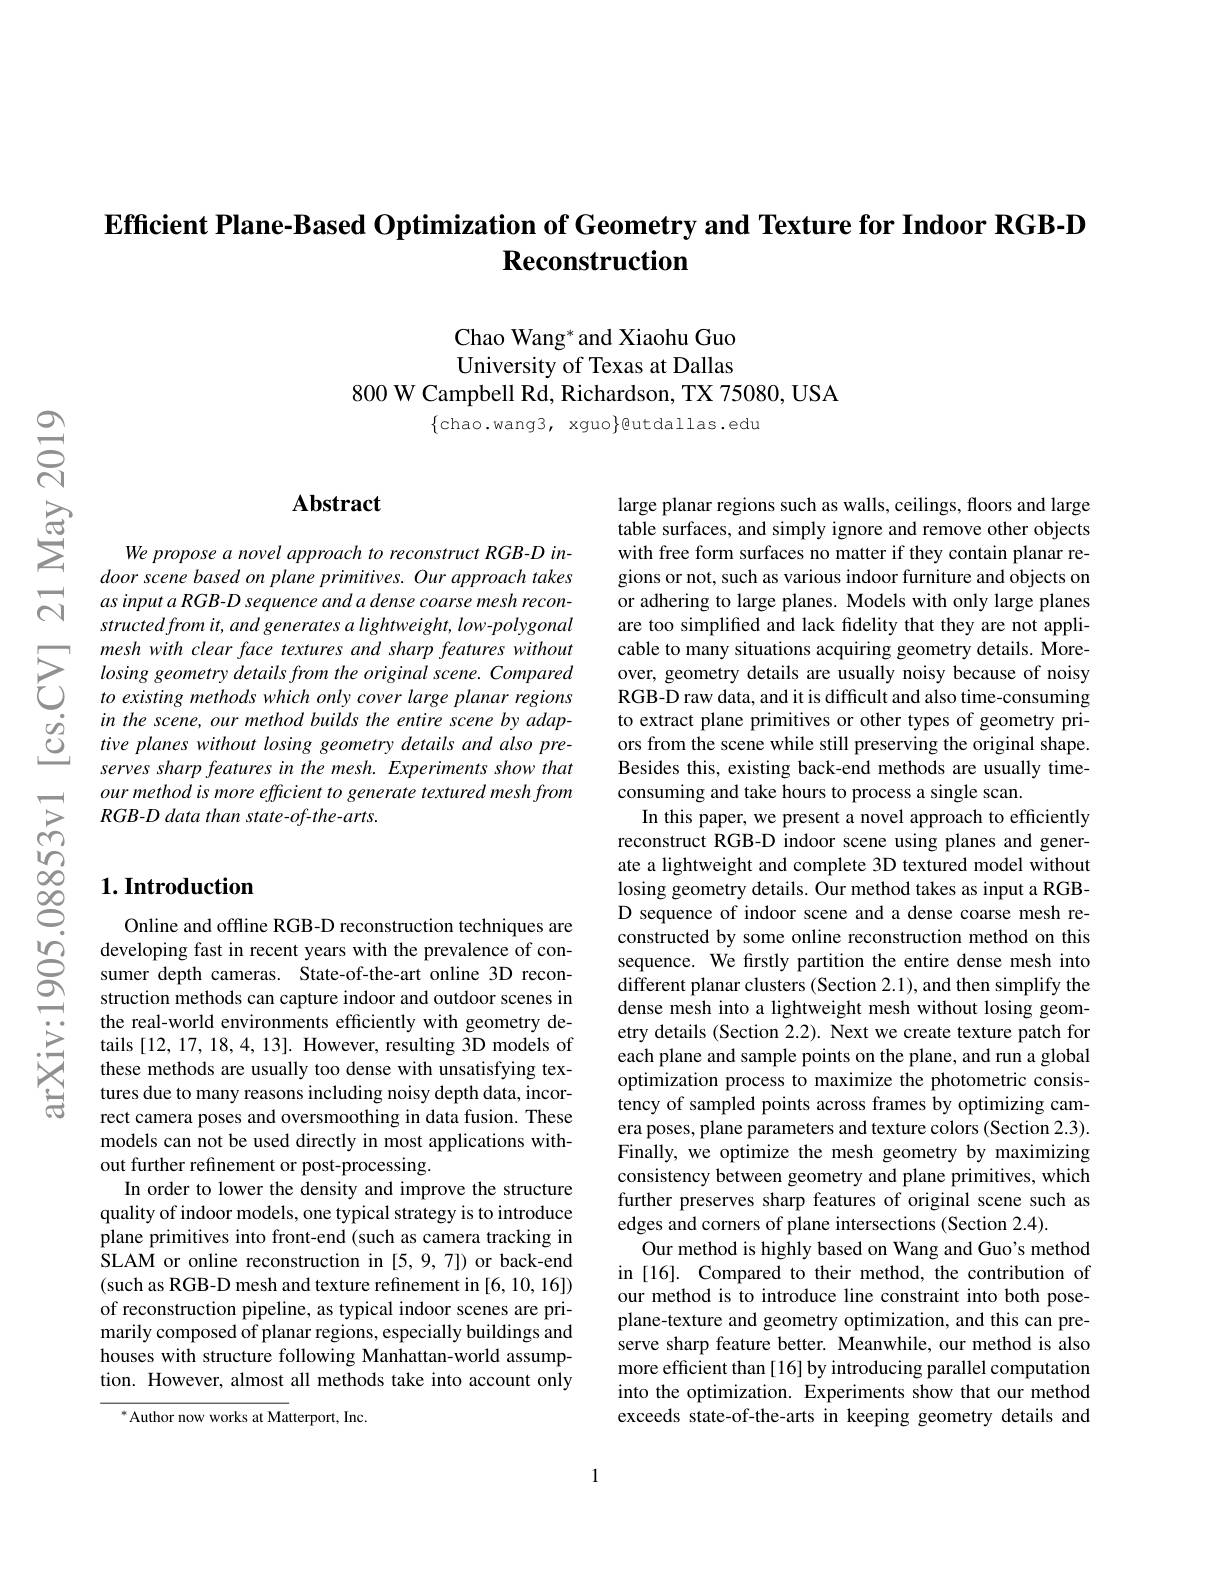
## Efficient Plane-Based Optimization of Geometry and Texture for Indoor RGB-D Reconstruction

Chao Wang* and Xiaohu Guo University of Texas at Dallas
800 W Campbell Rd, Richardson, TX 75080, USA

$\{$chao.wang3, xguo$\}$@utdallas.edu

## Abstract

We propose a novel approach to reconstruct RGB-D indoor scene based on plane primitives. Our approach takes as input a RGB- D sequence and a dense coarse mesh reconstructedfrom it, and generates a lightweight, low- polygonal mesh with clear face textures and sharp features without losing geometry details from the original scene. Compared to existing methods which only cover large planar regions in the scene, our method builds the entire scene by adaptive planes without losing geometry details and also preserves sharp features in the mesh. Experiments show that our method is more efficient to generate textured mesh from RGB-D data than state-of-the-arts.

## $1. \textbf{Introduction}$

Online and offline RGB-D reconstruction techniques are
$\begin{array}{lll}&\text{developing fast in recent years with the prevalence of con-}\\S&\text{sumer depth cameras. State-of-the-art online 3D recon-}\\&\text{struction methods can capture indoor and outdoor scenes in}\end{array}$
the real-world environments efficiently with geometry details [12,17,18,4,13]. However, resulting 3D models of these methods are usually too dense with unsatisfying textures due to many reasons including noisy depth data, incorrect camera poses and oversmoothing in data fusion. These models can not be used directly in most applications without further refinement or post-processing.
In order to lower the density and improve the structure quality of indoor models, one typical strategy is to introduce plane primitives into front-end (such as camera tracking in SLAM or online reconstruction in [5,9,7]) or back-end (such as RGB-D mesh and texture refinement in [6, 10, 16]) of reconstruction pipeline, as typical indoor scenes are primarily composed of planar regions, especially buildings and houses with structure following Manhattan-world assumption. However, almost all methods take into account only

$^*$Author now works at Matterport, Inc.

large planar regions such as walls, ceilings, floors and large table surfaces, and simply ignore and remove other objects with free form surfaces no matter if they contain planar regions or not, such as various indoor furniture and objects on or adhering to large planes. Models with only large planes are too simplified and lack fidelity that they are not applicable to many situations acquiring geometry details. Moreover, geometry details are usually noisy because of noisy RGB-D raw data, and it is difficult and also time-consuming to extract plane primitives or other types of geometry priors from the scene while still preserving the original shape. Besides this, existing back-end methods are usually timeconsuming and take hours to process a single scan.
In this paper, we present a novel approach to efficiently reconstruct RGB-D indoor scene using planes and generate a lightweight and complete 3D textured model without losing geometry details. Our method takes as input a RGBD sequence of indoor scene and a dense coarse mesh reconstructed by some online reconstruction method on this sequence. We firstly partition the entire dense mesh into different planar clusters (Section 2.1), and then simplify the dense mesh into a lightweight mesh without losing geometry details (Section 2.2). Next we create texture patch for each plane and sample points on the plane, and run a global optimization process to maximize the photometric consistency of sampled points across frames by optimizing camera poses, plane parameters and texture colors (Section 2.3). Finally, we optimize the mesh geometry by maximizing consistency between geometry and plane primitives, which further preserves sharp features of original scene such as edges and corners of plane intersections (Section 2.4).
Our method is highly based on Wang and Guo's method in [16]. Compared to their method, the contribution of our method is to introduce line constraint into both poseplane-texture and geometry optimization, and this can preserve sharp feature better. Meanwhile, our method is also more efficient than [16] by introducing parallel computation into the optimization. Experiments show that our method exceeds state-of-the-arts in keeping geometry details and

1